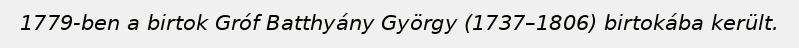
1779-ben a birtok Gróf Batthyány György (1737–1806) birtokába került.